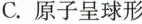
C.原子呈球形